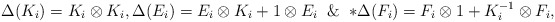
\begin{align*} \Delta(K_i)=K_i\otimes K_i, \Delta(E_i)=E_i\otimes K_i+1\otimes E_i\And* \Delta(F_i)=F_i\otimes1+ K_i^{-1}\otimes F_i, \end{align*}